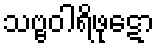
သဗ္ဗဝါရိဖုဋော